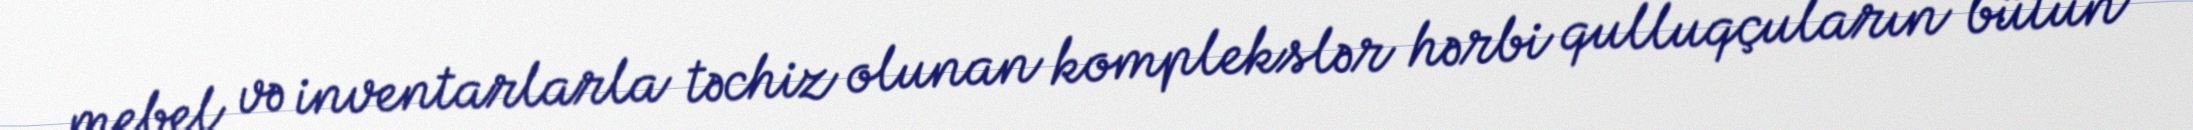
mebel və inventarlarla təchiz olunan komplekslər hərbi qulluqçuların bütün